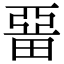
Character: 𤲢